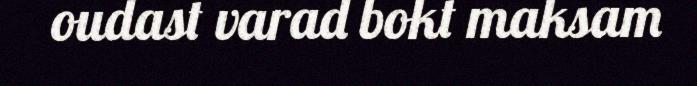
oudast varad bokt maksam